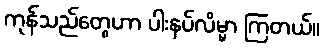
ကုန်သည်တွေဟာ ပါးနပ်လိမ္မာ ကြတယ်။